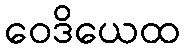
ဝေဒိယေထ